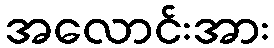
အလောင်းအား